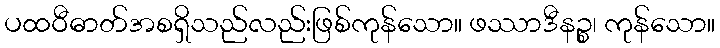
ပထဝီဓာတ်အစရှိသည်လည်းဖြစ်ကုန်သော။ ဖဿာဒီနဉ္စ၊ ကုန်သော။